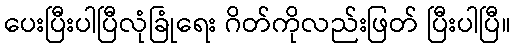
ပေးပြီးပါပြီလုံခြုံရေး ဂိတ်ကိုလည်းဖြတ် ပြီးပါပြီ။